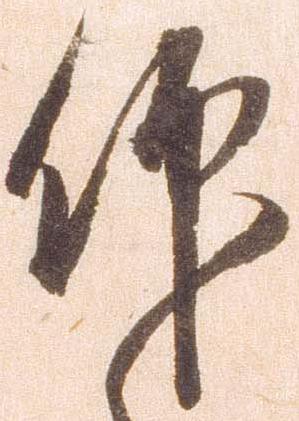
仰